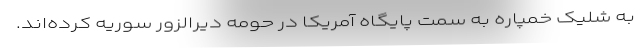
به شلیک خمپاره به سمت پایگاه آمریکا در حومه دیرالزور سوریه کرده‌اند.